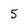
Character: 5